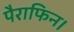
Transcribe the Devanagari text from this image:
पैराफिन।